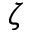
\boldsymbol { \zeta }